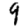
Digit: 9